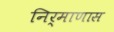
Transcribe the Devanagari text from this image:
निर्माणास